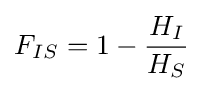
F_{IS}=1-{\frac {H_{I}}{H_{S}}}